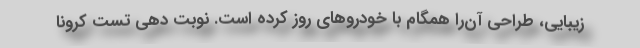
زیبایی، طراحی آن‌را همگام با خودروهای روز کرده است. نوبت دهی تست کرونا